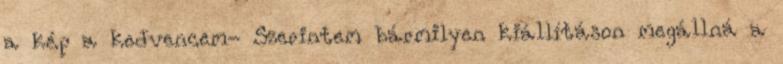
a kép a kedvencem- Szerintem bármilyen kiállításon megállná a